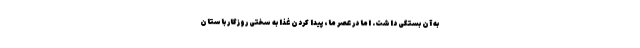
به آن بستگی داشت. اما در عصر ما، پیدا کردن غذا به سختی روزگار باستان